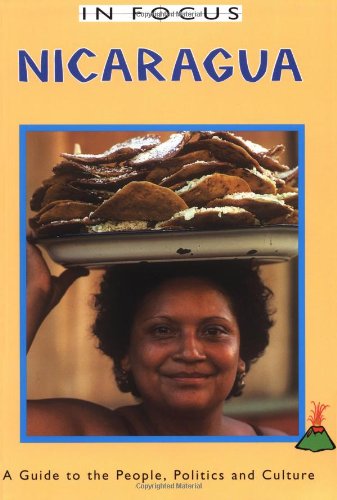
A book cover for Nicaragua In Focus: a Guide to the People, Politics and Culture (In Focus Guides); Nick Caistor; Travel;